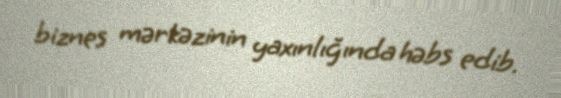
biznes mərkəzinin yaxınlığında həbs edib.